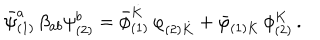
LaTeX: { { \bar { \psi } } _ { ( 1 ) } ^ { a } } \, \beta _ { a b } \psi _ { ( 2 ) } ^ { b } = { { \bar { \phi } } _ { ( 1 ) } ^ { \dot { K } } } \, \varphi _ { ( 2 ) { \dot { K } } } + { { \bar { \varphi } } _ { ( 1 ) K } } \, \phi _ { ( 2 ) } ^ { K } \, .